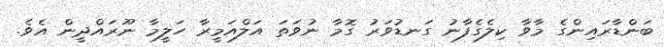
ބަންޑާރައިންގެ މާވާ ކިލެގެފާނު ގަނޑުވަރު ގޮމާ ނުވަތަ އަލްއަމީރާ ހަލީމާ ނޫރައްދީން އެވެ.